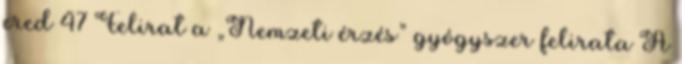
ered 47 Felirat a „Nemzeti érzés” gyógyszer felirata A